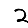
Digit: 2